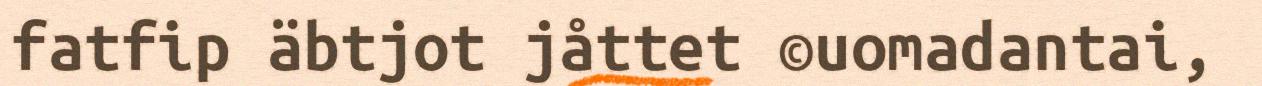
fatfip äbtjot jåttet ©uomadantai,